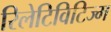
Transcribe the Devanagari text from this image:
रिलेटिविटिज्म